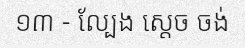
១៣ - ល្បែង ស្តេច ចង់